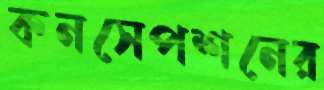
কনসেপশনের